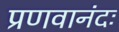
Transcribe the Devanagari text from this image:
प्रणवानंदः